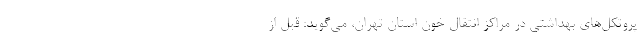
پروتکل‌های بهداشتی در مراکز انتقال خون استان تهران، می‌گوید: قبل از